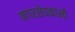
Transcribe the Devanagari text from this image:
नगरसेवकांनी